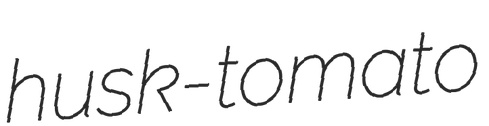
husk-tomato